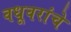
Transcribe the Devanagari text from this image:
वधूवरांचे